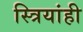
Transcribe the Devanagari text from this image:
स्त्रियांही